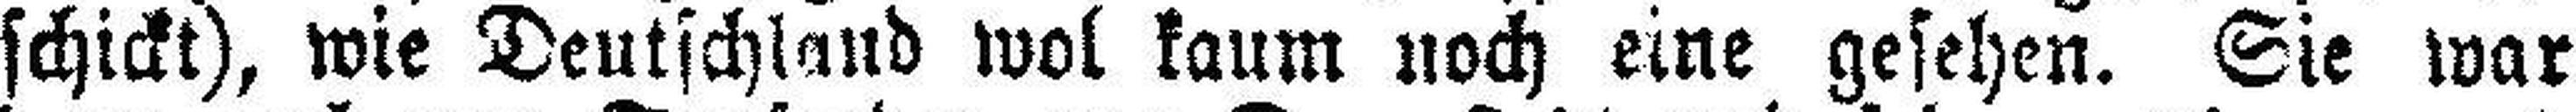
schickt), wie Deutschland wol kaum noch eine gesehen. Sie war